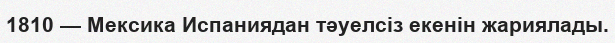
1810 — Мексика Испаниядан тәуелсіз екенін жариялады.